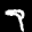
Label: 7